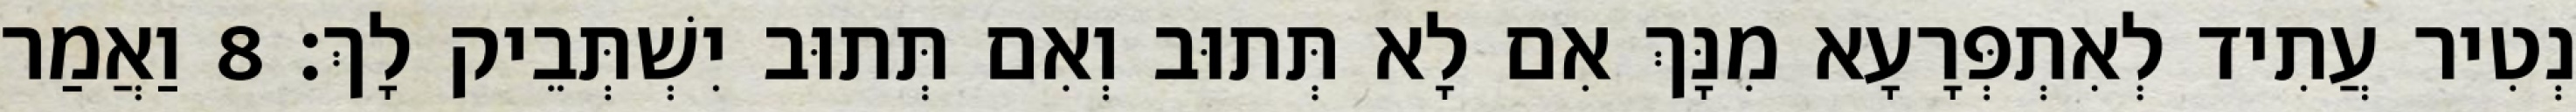
נְטִיר עֲתִיד לְאִתְפְּרָעָא מִנָּךְ אִם לָא תְּתוּב וְאִם תְּתוּב יִשְׁתְּבֵיק לָךְ׃ 8 וַאֲמַר